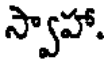
స్వాహా.